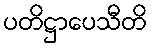
ပတိဋ္ဌာပေသီတိ